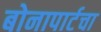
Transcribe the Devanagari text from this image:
बोनापार्टचा